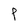
Character: P